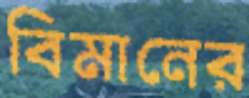
বিমানের